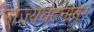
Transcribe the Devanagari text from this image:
राज्यघटनांवर